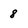
Character: 8